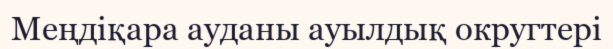
Меңдіқара ауданы ауылдық округтері